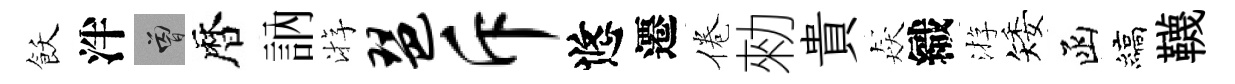
飫泮曾暦訥㳺琶斥悠遷倦勑貴猋織㳺矮函縞韈